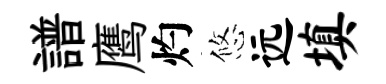
譜鹰灼悠远填